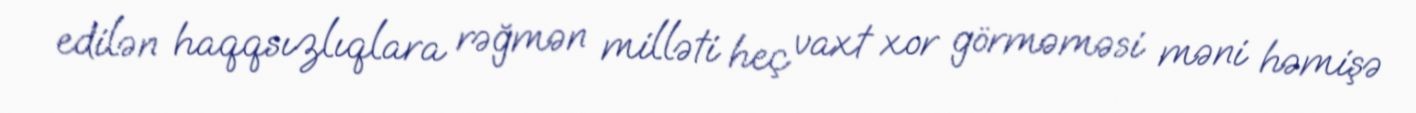
edilən haqqsızlıqlara rəğmən milləti heç vaxt xor görməməsi məni həmişə